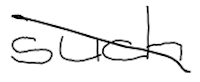
Text: such
Cross-out: diagonal
Writing tool: digital_black